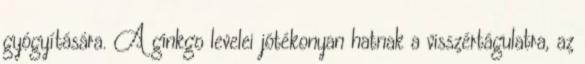
gyógyítására. A ginkgo levelei jótékonyan hatnak a visszértágulatra, az